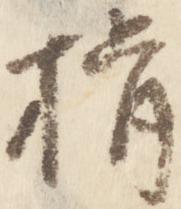
揖